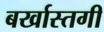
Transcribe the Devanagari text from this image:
बर्खास्‍तगी